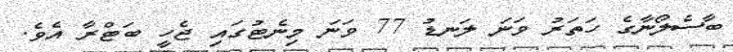
ބާސެލޯނާގެ ހަތަރު ވަނަ ލަނޑު 77 ވަނަ މިނެޓުގައި ޖެހީ ބަޓްރާ އެވެ.